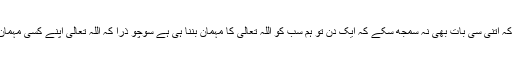
پھر تھوڑ ا نرم ہوتی ہوئی بولیں میری بیٹی تو بہت سمجھدار ہے، کہ اتنی سی بات بھی نہ سمجھ سکے کہ ایک دن تو ہم سب کو اللہ تعالیٰ کا مہمان بننا ہی ہے سوچو ذرا کہ اللہ تعالیٰ اپنے کسی مہمان سے اس روز بات بھی نہ کرے غصہ ہو جائے اس کے آنے پر ۔